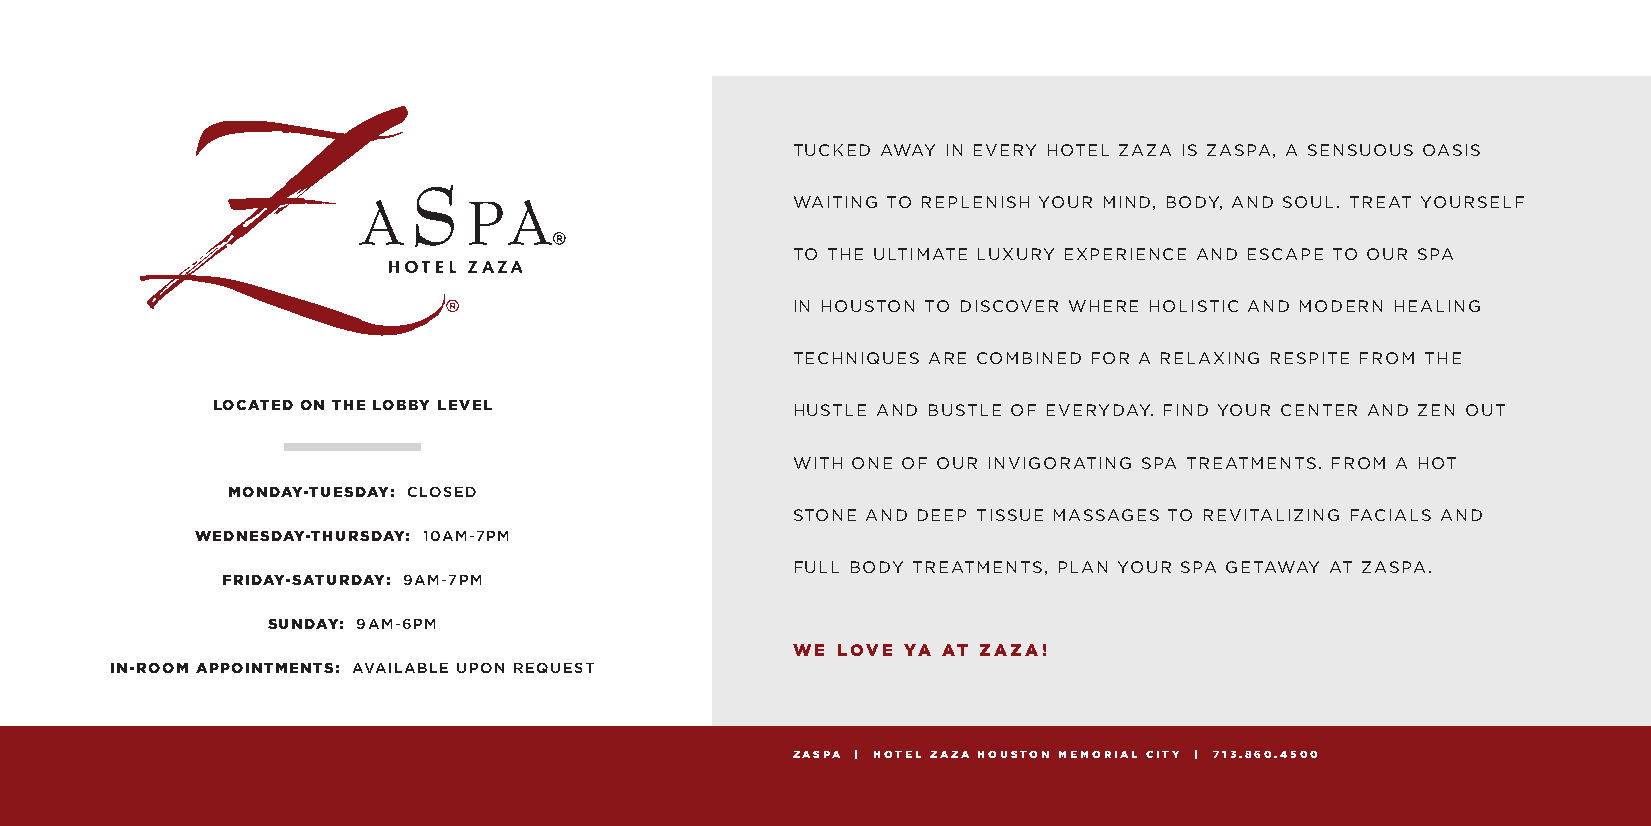
TUCKED AWAY IN EVERY HOTEL ZAZA IS ZASPA, A SENSUOUS OASIS
 WAITING TO REPLENISH YOUR MIND, BODY, AND SOUL. TREAT YOURSELF
 TO THE ULTIMATE LUXURY EXPERIENCE AND ESCAPE TO OUR SPA
 IN HOUSTON TO DISCOVER WHERE HOLISTIC AND MODERN HEALING
 TECHNIQUES ARE COMBINED FOR A RELAXING RESPITE FROM THE
 LOCATED ON THE LOBBY LEVEL            HUSTLE AND BUSTLE OF EVERYDAY. FIND YOUR CENTER AND ZEN OUT
 WITH ONE OF OUR INVIGORATING SPA TREATMENTS. FROM A HOT
 MONDAY-TUESDAY: CLOSED
 STONE AND DEEP TISSUE MASSAGES TO REVITALIZING FACIALS AND
 WEDNESDAY-THURSDAY: 10AM-7PM
 FULL BODY TREATMENTS, PLAN YOUR SPA GETAWAY AT ZASPA.
 FRIDAY-SATURDAY: 9AM-7PM
 SUNDAY: 9AM-6PM
 WE LOVE YA AT ZAZA!
 IN-ROOM APPOINTMENTS: AVAILABLE UPON REQUEST
 ZASPA | HOTEL ZAZA HOUSTON MEMORIAL CITY | 713.860.4500